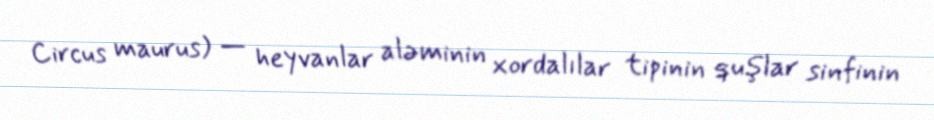
Circus maurus) — heyvanlar aləminin xordalılar tipinin quşlar sinfinin